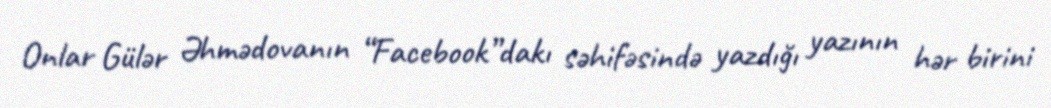
Onlar Gülər Əhmədovanın “Facebook”dakı səhifəsində yazdığı yazının hər birini